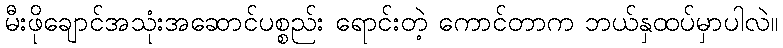
မီးဖိုချောင်အသုံးအဆောင်ပစ္စည်း ရောင်းတဲ့ ကောင်တာက ဘယ်နှထပ်မှာပါလဲ။